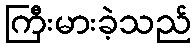
ကြီးမားခဲ့သည်